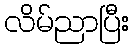
လိမ်ညာပြီး